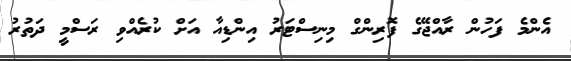
އެންމެ ފަހުން ރާއްޖޭގެ ފޮރިންގް މިނިސްޓަރު އިންޑިއާ އަށް ކުރެއްވި ރަސްމީ ދަތުރު